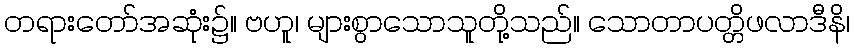
တရားတော်အဆုံး၌။ ဗဟူ၊ များစွာသောသူတို့သည်။ သောတာပတ္တိဖလာဒီနိ၊